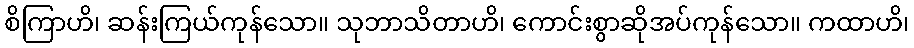
စိကြာဟိ၊ ဆန်းကြယ်ကုန်သော။ သုဘာသိတာဟိ၊ ကောင်းစွာဆိုအပ်ကုန်သော။ ကထာဟိ၊